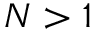
N > 1